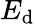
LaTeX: E_{\mathrm{d}}